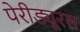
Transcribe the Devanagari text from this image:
पेरीड्यूरल